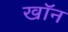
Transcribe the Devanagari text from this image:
खाॅन